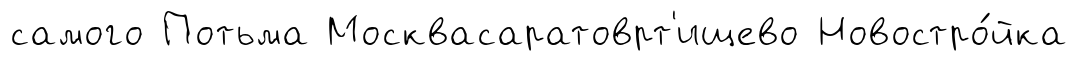
самого Потьма Москвасаратоврт'ищево Новостро́йка